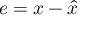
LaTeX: e = x - { \hat { x } }